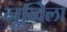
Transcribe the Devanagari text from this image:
नुव्विला